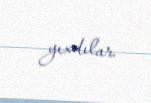
yıxdılar.